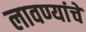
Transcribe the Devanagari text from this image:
लावण्यांचे